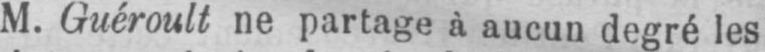
M. Guéroult ne partage à aucun degré les